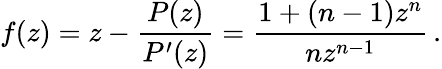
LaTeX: f(z)=z-{\frac{P(z)}{P^{\prime}(z)}}={\frac{1+(n-1)z^{n}}{nz^{n-1}}}\, .